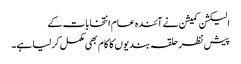
الیکشن کمیشن نے آئندہ عام انتخابات کے
پیش نظر حلقہ بندیوں کا کام بھی مکمل کرلیا ہے۔